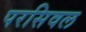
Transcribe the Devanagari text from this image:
परसिवल